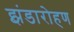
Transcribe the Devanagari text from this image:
झंडारोहण